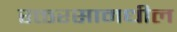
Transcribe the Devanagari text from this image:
रक्तरसामधील